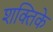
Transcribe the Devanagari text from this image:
शक्तिके